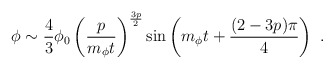
\begin{align*}\phi \sim \frac{4}{3} \phi_0\left( \frac{p}{m_\phi t} \right)^{\frac{3p}{2}}\sin \left( m_\phi t + \frac{(2-3p)\pi}{4} \right) \ .\end{align*}